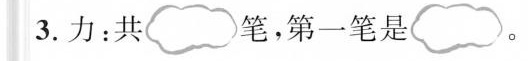
3.力：共 笔，第一笔是 。